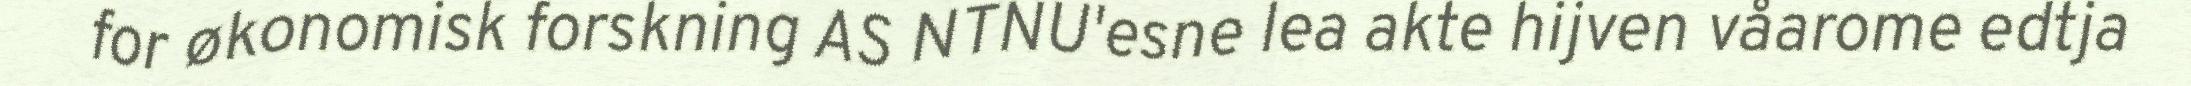
for økonomisk forskning AS NTNU'esne lea akte hijven våarome edtja